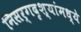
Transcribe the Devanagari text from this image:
निसर्गदृश्यांमध्ये